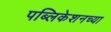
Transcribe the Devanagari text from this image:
पब्लिकेशनच्या